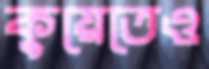
কুয়েতেও